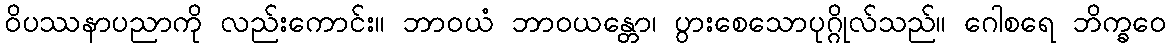
ဝိပဿနာပညာကို လည်းကောင်း။ ဘာဝယံ ဘာဝယန္တော၊ ပွားစေသောပုဂ္ဂိုလ်သည်။ ဂေါစရေ ဘိက္ခဝေ